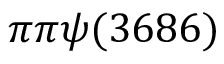
\pi \pi \psi ( 3 6 8 6 )